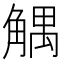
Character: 䚤